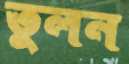
তুলন